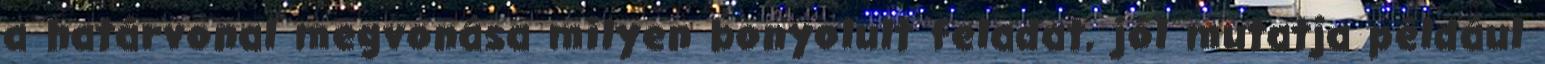
a határvonal megvonása milyen bonyolult feladat, jól mutatja például